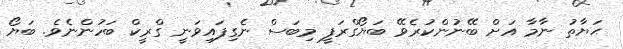
ޙަޔާތު ނާމާ އަށް ބޭނުންކުރެވޭ ބަޔޯގްރަފީ މިބަސް ނެގިފައިވަނީ ގްރީކް ބަހުންނެވެ. ބަޔޯ